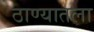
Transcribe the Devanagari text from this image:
ठाण्यातला